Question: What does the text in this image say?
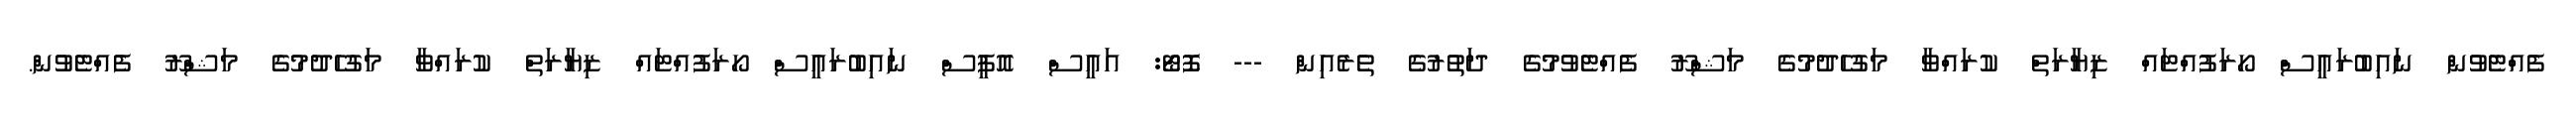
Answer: ފެއްޓެވުން ނައިބުރައީސް ހޯރަފުއްޓައް ޒިޔާރަތް ކުރައްވާ މަގުހެދުމުގެ މަޝްރޫ ފެއްޓެވުމުގެ ދަތުރުގެ ތެރެއިން --- ފޮޓޯ: އައީސް އޮފީސް ނައިބުރައީސް ހޯރަފުއްޓައް ޒިޔާރަތް ކުރައްވާ މަގުހެދުމުގެ މަޝްރޫ ފެއްޓެވުން.